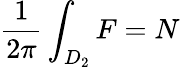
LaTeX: \frac{1}{2\pi}\int_{D_{2}}F=N